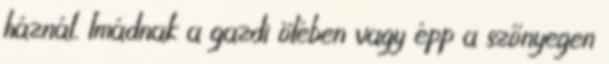
háznál. Imádnak a gazdi ölében vagy épp a szőnyegen